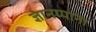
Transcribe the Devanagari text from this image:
ज्ञानप्पाना